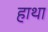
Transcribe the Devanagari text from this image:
हाथा